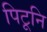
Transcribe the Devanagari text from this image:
पिटूनि